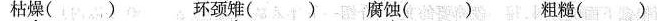
枯燥( )环颈雉( )腐蚀( )粗糙( )